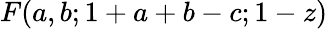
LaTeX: F(a,b;1+a+b-c;1-z)